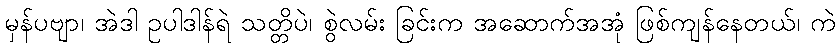
မှန်ပဗျာ၊ အဲဒါ ဥပါဒါန်ရဲ သတ္တိပဲ၊ စွဲလမ်း ခြင်းက အဆောက်အအုံ ဖြစ်ကျန်နေတယ်၊ ကဲ